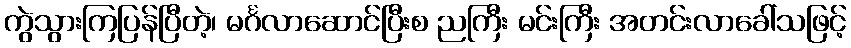
ကွဲသွားကြပြန်ပြီတဲ့၊ မင်္ဂလာဆောင်ပြီးစ ညကြီး မင်းကြီး အတင်းလာခေါ်သဖြင့်